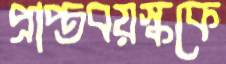
প্রাপ্তবয়স্ককে